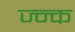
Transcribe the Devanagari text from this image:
ज्न्क